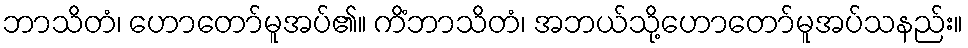
ဘာသိတံ၊ ဟောတော်မူအပ်၏။ ကိံဘာသိတံ၊ အဘယ်သို့ဟောတော်မူအပ်သနည်း။